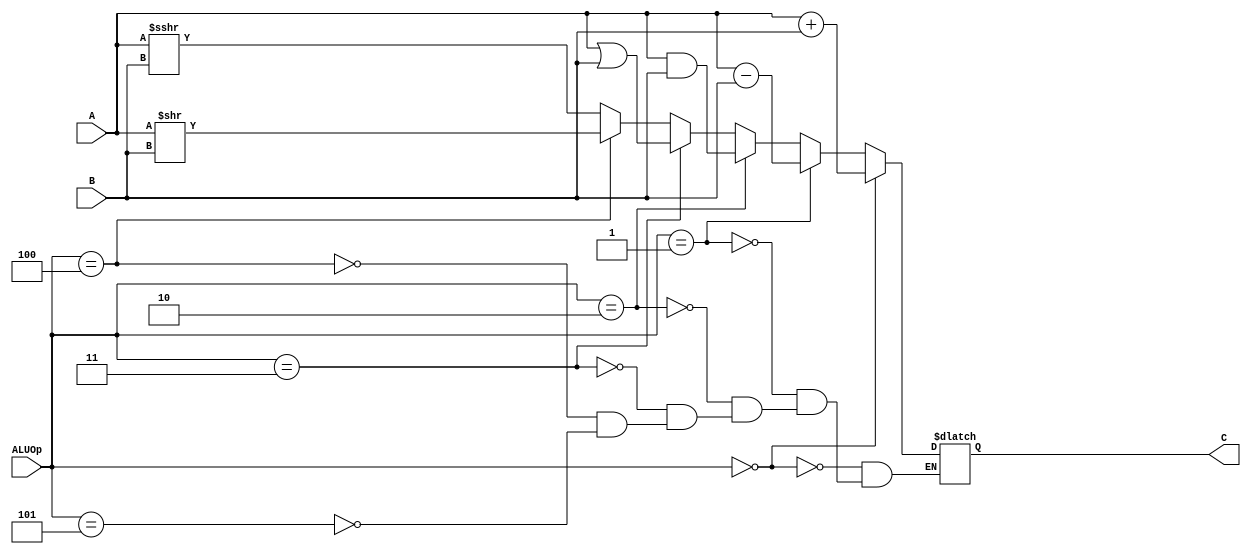
module alu(
     input [31:0] A,
     input [31:0] B,
     input [2:0] ALUOp,       
    output reg [31:0] C
  );
  initial begin
    C<=0;
  end
  always@(*) begin
    if(ALUOp==0)begin
       C <= A+B;      
    end
    else if(ALUOp==1)begin
       C<=A-B;
    end
    else if(ALUOp==2)begin
       C<=A&B;
    end
    else if(ALUOp==3)begin
       C<=A|B;
    end
    else if(ALUOp==4)begin
       C<=A>>B;
    end
    else if(ALUOp==5)begin
       C<=$signed(A)>>>B;
    end
  end
endmodule